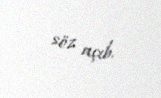
söz açıb.